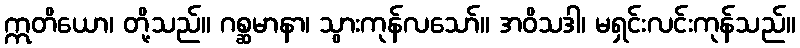
ဣတိယော၊ တို့သည်။ ဂစ္ဆမာနာ၊ သွားကုန်လသော်။ အဝိသဒါ၊ မရှင်းလင်းကုန်သည်။